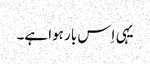
یہی اِس بار ہوا ہے۔